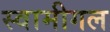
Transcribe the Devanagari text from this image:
स्वामीगल